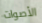
الأصوات